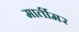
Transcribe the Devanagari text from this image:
मार्तीमर